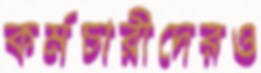
কর্মচারীদেরও